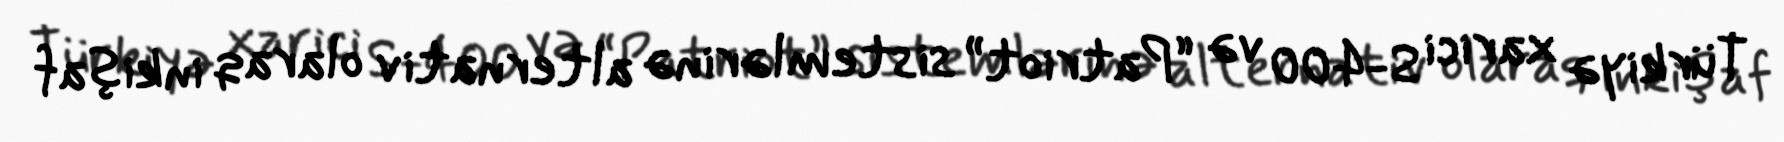
Türkiyə xarici S-400 və “Patriot” sistemlərinə alternativ olaraq inkişaf